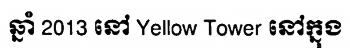
ឆ្នាំ 2013 នៅ Yellow Tower នៅក្នុង